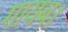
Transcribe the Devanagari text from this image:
गायब।